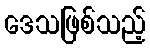
ဒေသဖြစ်သည့်